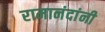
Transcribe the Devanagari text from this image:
रामानंदांनी